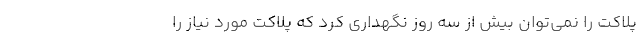
پلاکت را نمی‌توان بیش از سه روز نگهداری کرد که پلاکت مورد نیاز را